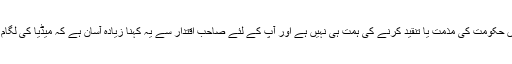
یا پھر آپ میں حکومت کی مذمت یا تنقید کرنے کی ہمت ہی نہیں ہے اور آپ کے لئے صاحب اقتدار سے یہ کہنا زیادہ آسان ہے کہ میڈیا کی لگام کسی جائے؟